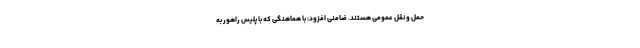
حمل و نقل عمومی هستند. ضامنی افزود: با هماهنگی که با پلیس راهور به